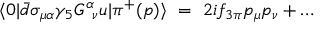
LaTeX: \langle 0 | \bar { d } \sigma _ { \mu \alpha } \gamma _ { 5 } G _ { \phantom { \alpha } \nu } ^ { \alpha } u | \pi ^ { + } ( p ) \rangle \ = \ 2 i f _ { 3 \pi } p _ { \mu } p _ { \nu } + \dots